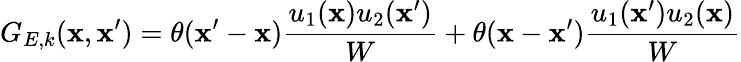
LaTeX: G_{E,k}(\mathbf{x},\mathbf{x}^{\prime})=\theta(\mathbf{x}^{\prime}-\mathbf{x})\frac{{u_{1}(\mathbf{x})u_{2}(\mathbf{x}^{\prime})}}{{W}}+\theta(\mathbf{x}-\mathbf{x}^{\prime})\frac{{u_{1}(\mathbf{x}^{\prime})u_{2}(\mathbf{x})}}{{W}}